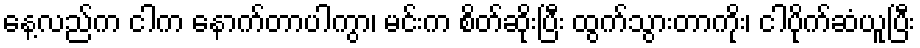
နေ့လည်က ငါက နောက်တာပါကွာ၊ မင်းက စိတ်ဆိုးပြီး ထွက်သွားတာကိုး၊ ငါပိုက်ဆံယူပြီး